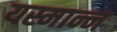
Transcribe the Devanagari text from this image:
यस्मान्न